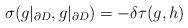
LaTeX: \begin{align*}\sigma(g|_{\partial D}, g|_{\partial D}) = - \delta\tau(g, h)\end{align*}